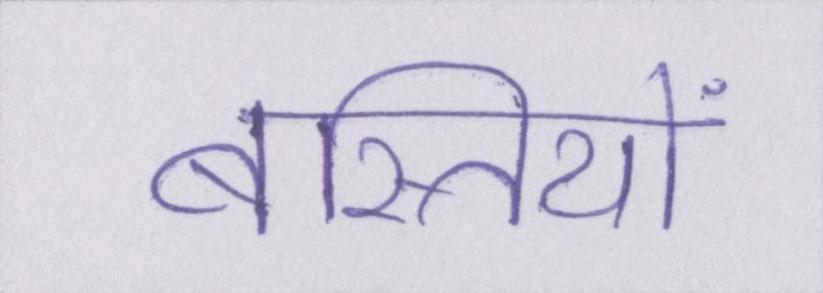
बस्तियों